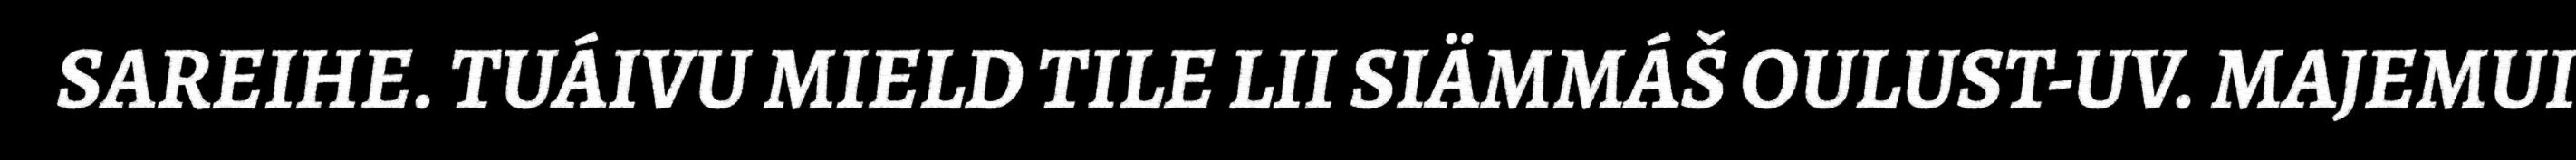
SAREIHE. TUÁIVU MIELD TILE LII SIÄMMÁŠ OULUST-UV. MAJEMUI